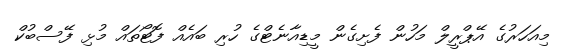
މިއަހަރުގެ އޭޕްރީލް މަހުން ފެށިގެން މީޑިއާނެޓްގެ ހުރި ބައެއް ފޮޓޯތައް މުޅި ފޭސްބުކް